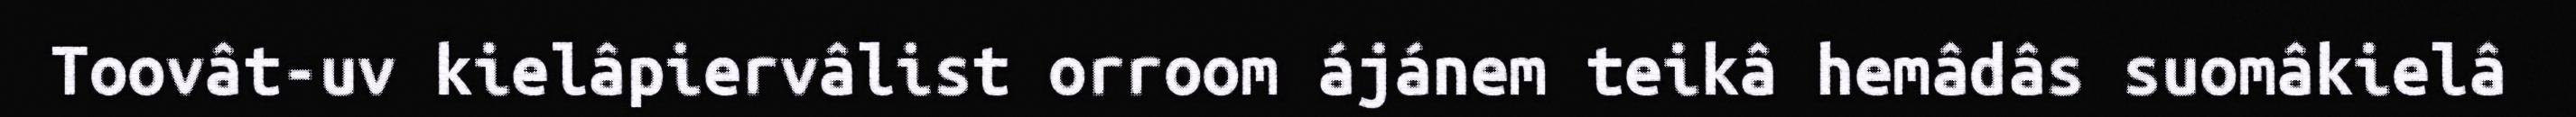
Toovât-uv kielâpiervâlist orroom ájánem teikâ hemâdâs suomâkielâ